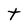
Character: t